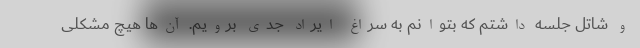
و شاتل جلسه داشتم که بتوانم به سراغ ایراد جدی برویم. آن‌ها هیچ مشکلی